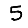
Digit: 5